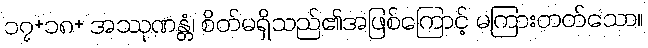
၁၇+၁၈+ အဿုဏန္တံ၊ စိတ်မရှိသည်၏အဖြစ်ကြောင့် မကြားတတ်သော။